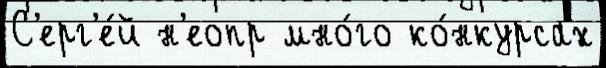
С'ерг'е́й н'еопр мно́го ко́нкурсах